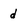
Character: d